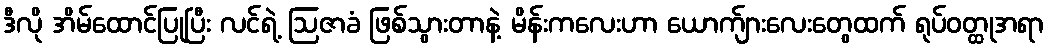
ဒီလို အိမ်ထောင်ပြုပြီး လင်ရဲ့ ဩဇာခံ ဖြစ်သွားတာနဲ့ မိန်းကလေးဟာ ယောက်ျားလေးတွေထက် ရုပ်ဝတ္ထုအရာ